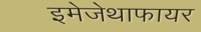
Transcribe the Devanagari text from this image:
इमेजेथाफायर